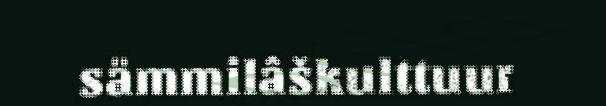
sämmilâškulttuur